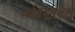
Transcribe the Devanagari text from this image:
सजेस्टिबिटी